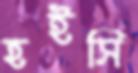
হইসি